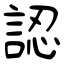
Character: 認